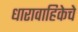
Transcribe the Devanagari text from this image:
धारावाहिकेचे